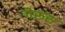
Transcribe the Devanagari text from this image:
गेरूस